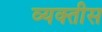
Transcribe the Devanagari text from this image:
व्यक्‍तीस